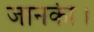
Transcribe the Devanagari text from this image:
जानकी।